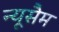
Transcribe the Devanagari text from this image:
न्यूसैम